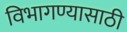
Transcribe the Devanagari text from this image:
विभागण्यासाठी